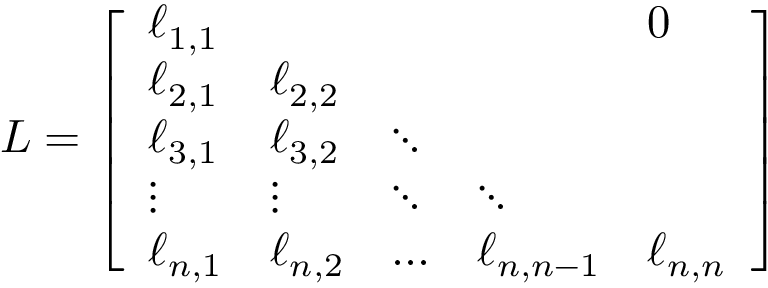
L = { \left[ \begin{array} { l l l l l } { \ell _ { 1 , 1 } } & & & & { 0 } \\ { \ell _ { 2 , 1 } } & { \ell _ { 2 , 2 } } & & & \\ { \ell _ { 3 , 1 } } & { \ell _ { 3 , 2 } } & { \ddots } & & \\ { \vdots } & { \vdots } & { \ddots } & { \ddots } & \\ { \ell _ { n , 1 } } & { \ell _ { n , 2 } } & { \ldots } & { \ell _ { n , n - 1 } } & { \ell _ { n , n } } \end{array} \right] }